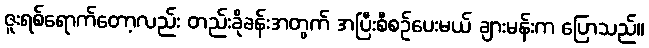
ဇူးရစ်ရောက်တော့လည်း တည်းခိုခန်းအတွက် အပြီးစီစဉ်ပေးမယ် ချားမန်းက ပြောသည်။